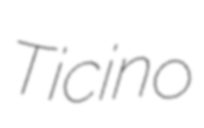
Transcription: Ticino